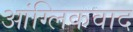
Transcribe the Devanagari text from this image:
आंग्लिकवाद